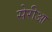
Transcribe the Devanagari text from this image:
सेरीआ